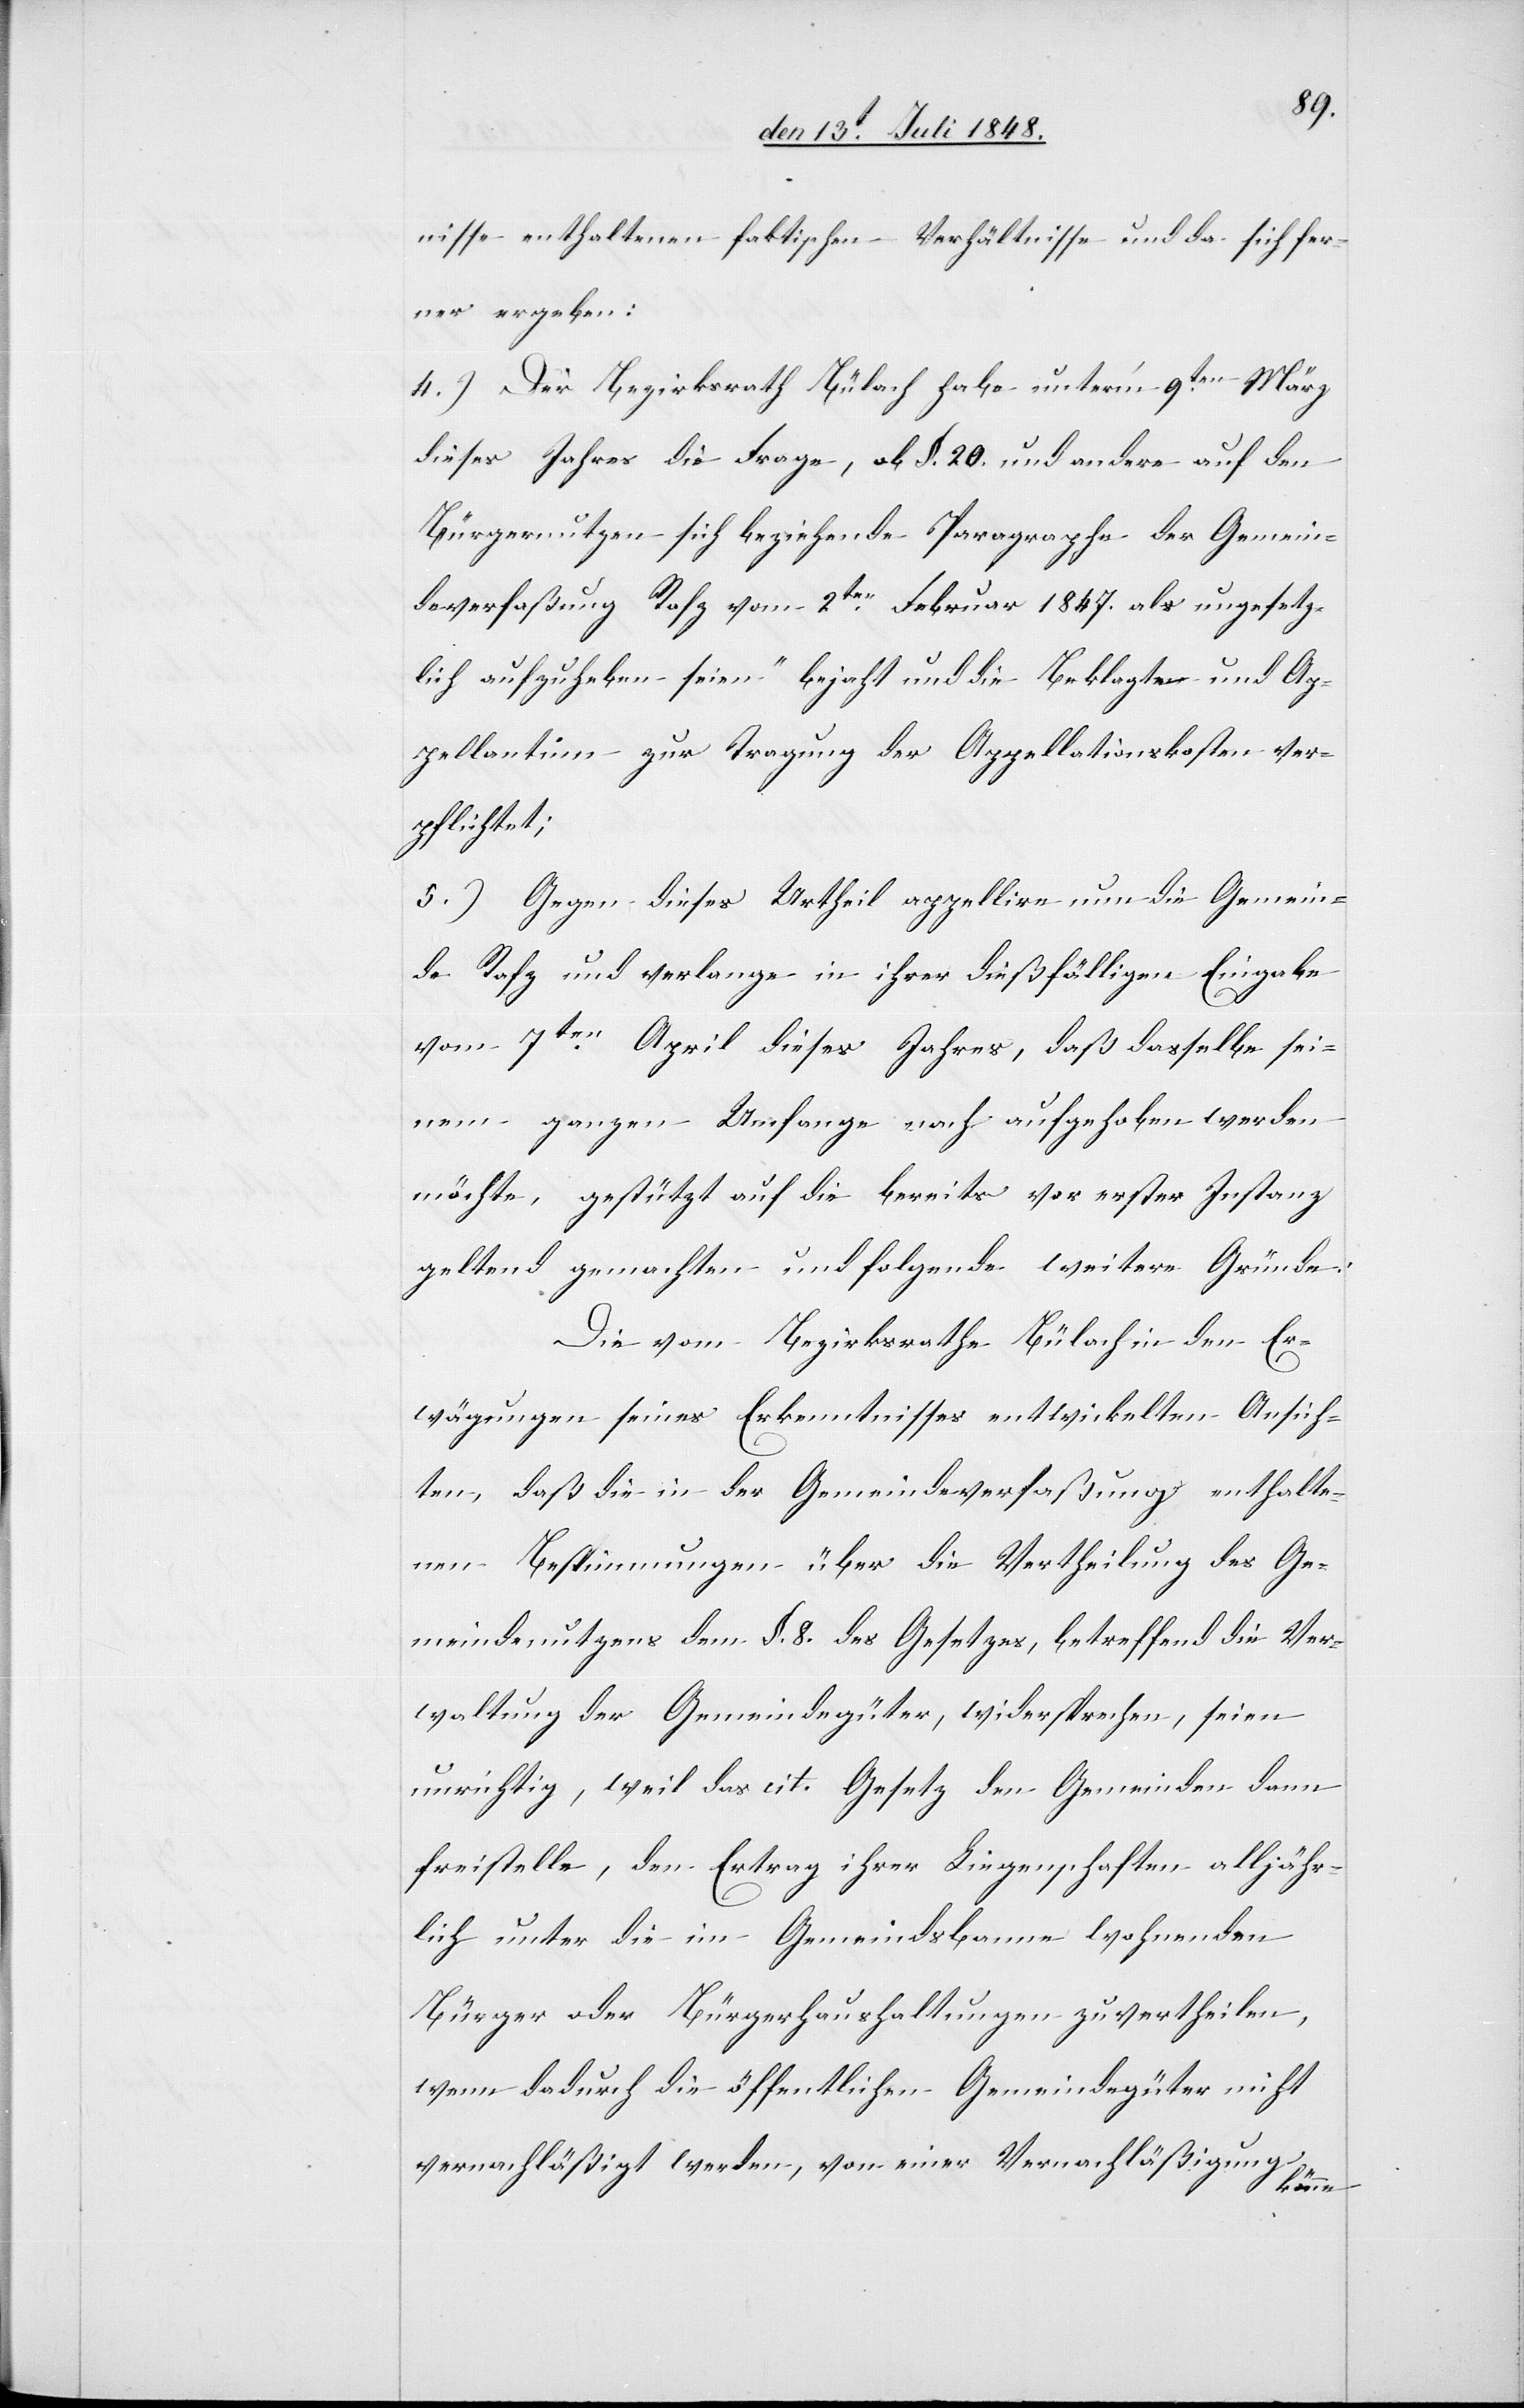
nisse enthaltene faktischen Verhältnisse und da sich fer¬
ner ergeben:
4.) Der Bezirksrath Bülach habe unter’m 9ten März
dieses Jahres die Frage, [„]ob §. 20. und andere auf den
Bürgernutzen sich beziehende Paragraphe der Gemein¬
deverfaßung Rafz vom 2ten Februar 1847. als ungesetz¬
lich aufzuheben seien“ bejaht und die Beklagte und Ap¬
pellantinn zur Tragung der Appellationskosten ver¬
pflichtet;
5.) Gegen dieses Urtheil appellire nun die Gemein¬
de Rafz und verlange in ihrer dießfälligen Eingabe
vom 7ten April dieses Jahres, daß dasselbe sei¬
nem ganzen Umfange nach aufgehoben werden
möchte, gestützt auf die bereits vor erster Instanz
geltend gemachten und folgende weitere Gründe:
Die vom Bezirksrathe Bülach in den Er¬
wägungen seines Erkenntnisses entwickelten Ansich¬
ten, daß die in der Gemeindeverfaßung enthalte¬
nen Bestimmungen über die Vertheilung des Ge¬
meindenutzens dem §. 8. des Gesetzes, betreffend die Ver¬
waltung der Gemeindegüter, widersprechen, seien
lich unter die im Gemeindsbanne wohnenden
Bürger oder Bürgerhaushaltungen zu vertheilen,
wenn dadurch die öffentlichen Gemeindegüter nicht
vernachläßigt werden, von einer Vernachläßigung
alljähr¬